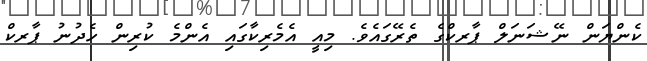
ކެންޔަން ނޭޝަނަލް ޕާރކްގެ ތެރޭގައެވެ. މިއީ އެމެރިކާގައި އެންމެ ކުރިން ހެދުނު ޕާރކް